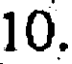
10.